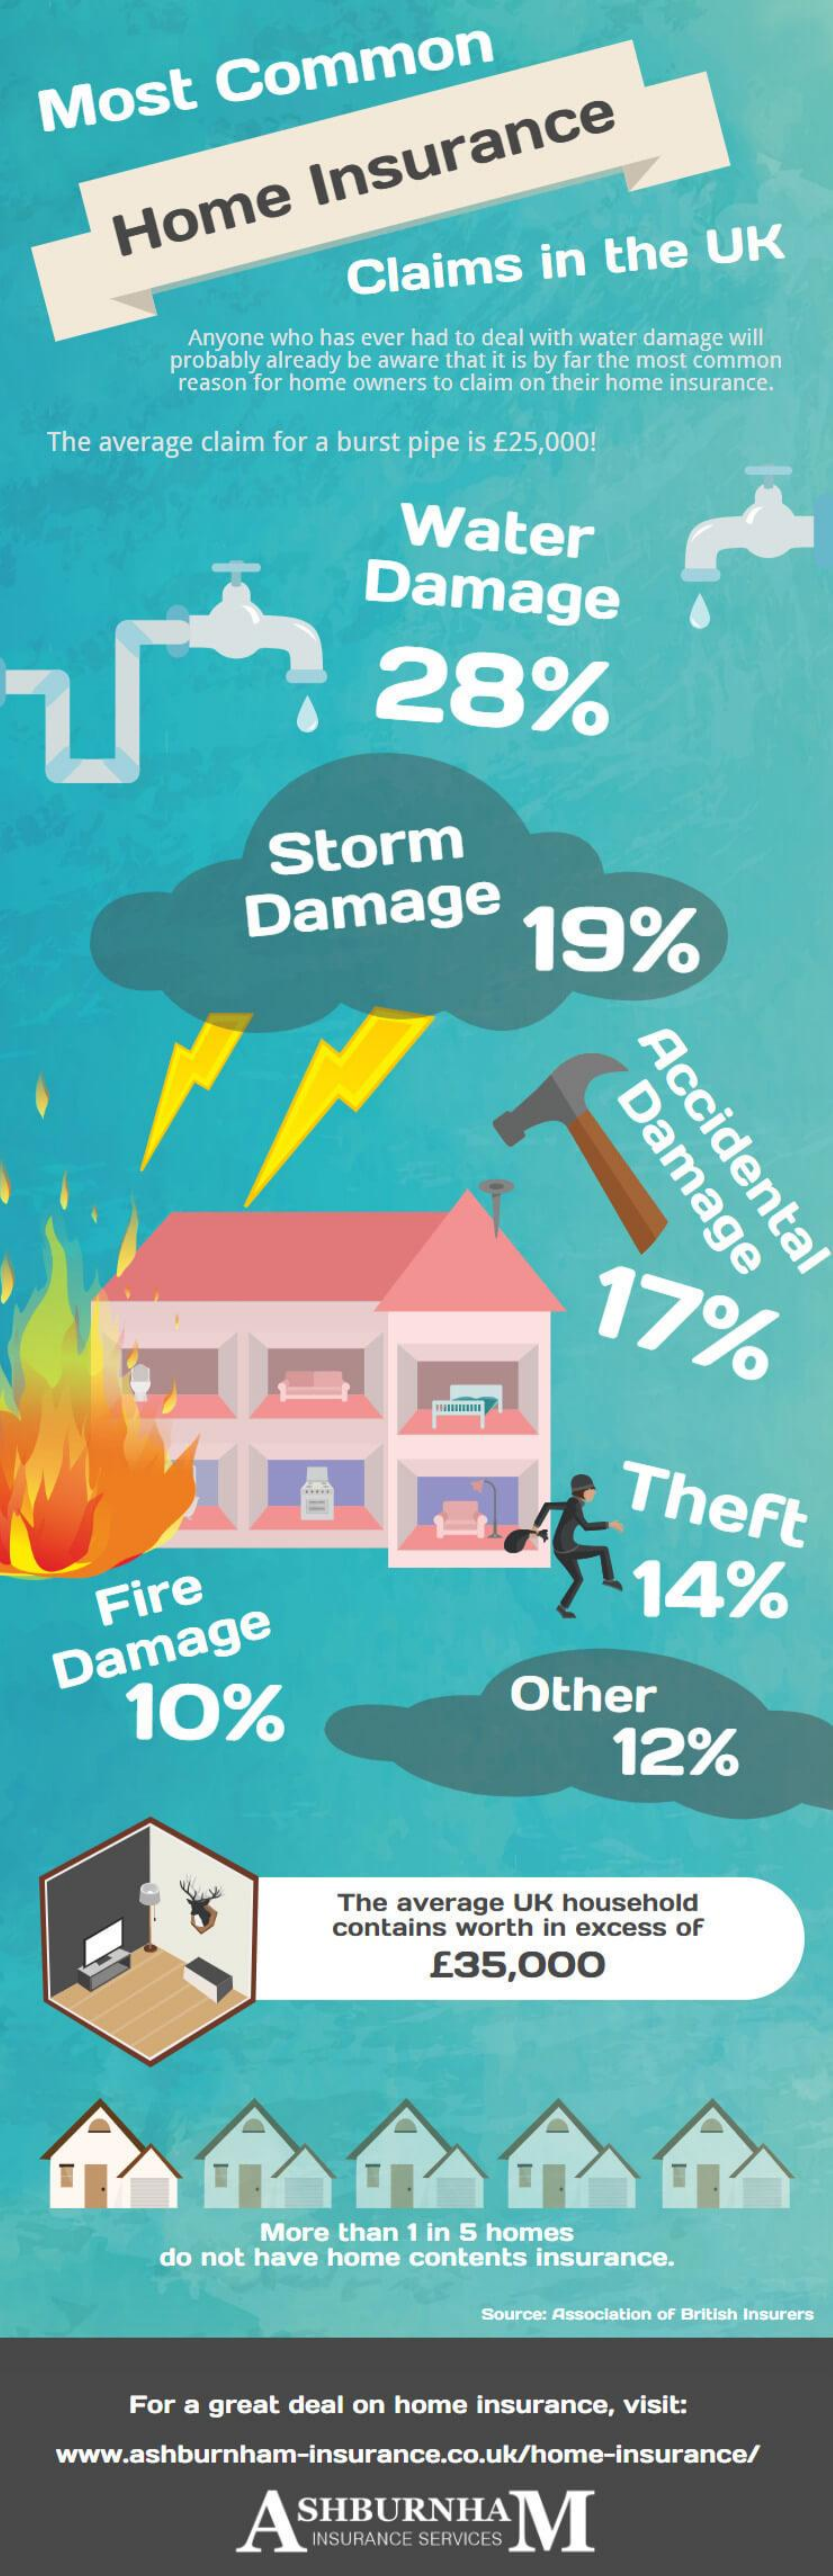
Most    Common
     Home
     Insurance
     Claims    in   the    UK
     Anyone who has ever had to deal with water damage will
     probably already be aware that it is by far the most common
     reason for home owners to claim on their home insurance.
    The average claim for a burst pipe is £25,000!
     Water
     Damage
     28%
     Storm
     Damage    19%
     Accidental Damage
     17%
     Theft
     Fire    14%
    Damage
     10%    Other
     12%
     The average  UK  household
     contains  worth in excess  of
     £35,000
     More  than 1 in 5 homes
     do not have  home  contents  insurance.
     Source: Association of British Insurers
     For a great  deal on home  insurance,  visit:
     www.ashburnham-insurance.co.uk/home-insurance/
     ASHBURNHAM
     INSURANCE SERVICES